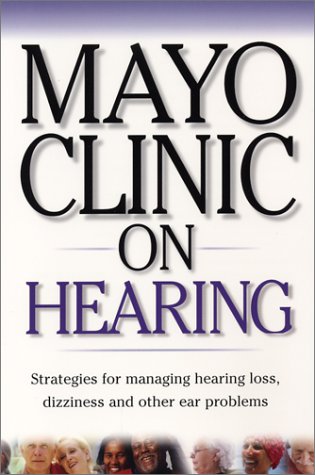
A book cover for Mayo Clinic On Hearing: Strategies for Managing Hearing Loss, Dizziness and Other Ear Problems ("MAYO CLINIC ON" SERIES); Health, Fitness & Dieting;